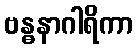
ဗန္ဓနာဂါရိကာ